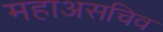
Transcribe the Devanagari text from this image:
महाअसचिव